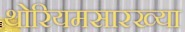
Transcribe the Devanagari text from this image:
थोरियमसारख्या